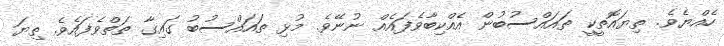
ހެއްޔެވެ. ތިޔައޮތީކީ ތައައްސުބުން އެއްކިބާވެފައެއް ނުނޭވެ. މުޅި ތައައްސުބު ގައިގާ ތަތްވެފައެވެ. ތިޔަ